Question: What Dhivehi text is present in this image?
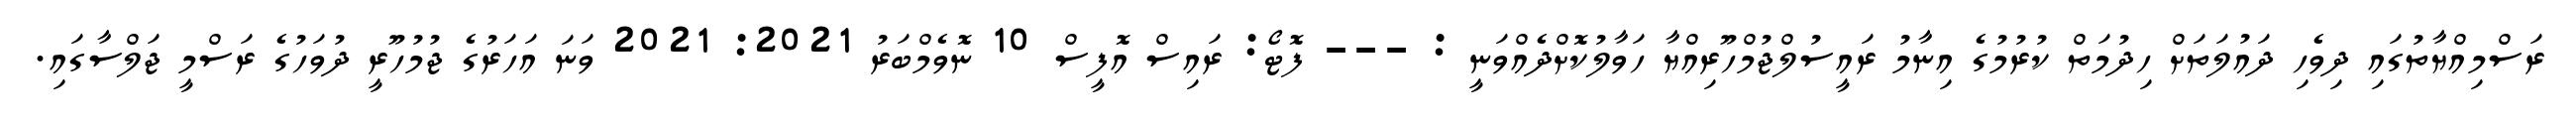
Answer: ރަސްމިއްޔާތުގައި ދިވެހި ދައުލަތަށް ހިދުމަތް ކުރުމުގެ އިނާމު ރައީސުލްޖުމްހޫރިއްޔާ ހަވާލުކޮށްދެއްވަނީ : --- ފޮޓޯ: ރައިސް އޮފީސް 10 ނޮވެމްބަރު 2021: 2021 ވަނަ އަހަރުގެ ޖުމުހޫރީ ދުވަހުގެ ރަސްމީ ޖަލްސާގައި.